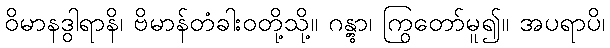
ဝိမာနဒွါရာနိ၊ ဗိမာန်တံခါးဝတို့သို့။ ဂန္တွာ၊ ကြွတော်မူ၍။ အပရာပိ၊